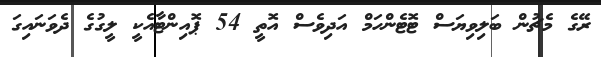
ރޭގެ މެޗުން ބަލިވިޔަސް ޓޮޓެންހަމް އަދިވެސް އޮތީ 54 ޕޮއިންޓާއެކީ ލީގުގެ ދެވަނައިގަ